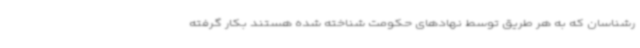
رشناسان که به هر طریق توسط نهادهای حکومت شناخته شده هستند بکار گرفته